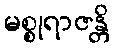
မစ္စုရာဇန္တိ